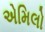
એમિલો